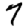
Digit: 7